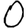
Digit: 0